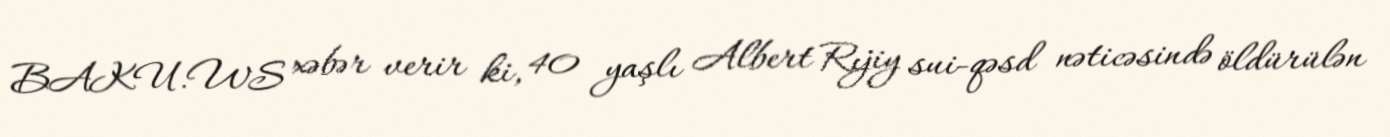
BAKU.WS xəbər verir ki, 40 yaşlı Albert Rıjiy sui-qəsd nəticəsində öldürülən